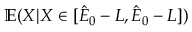
\mathbb { E } ( X | X \in [ \hat { E } _ { 0 } - L , \hat { E } _ { 0 } - L ] )